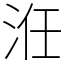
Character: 㳝